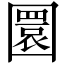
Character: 圜